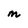
Character: M